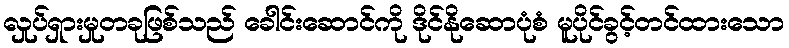
လှုပ်ရှားမှုတခုဖြစ်သည် ခေါင်းဆောင်ကို ဒိုင်နိုဆောပုံစံ မူပိုင်ခွင့်တင်ထားသော